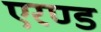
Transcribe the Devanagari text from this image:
एरण्ड